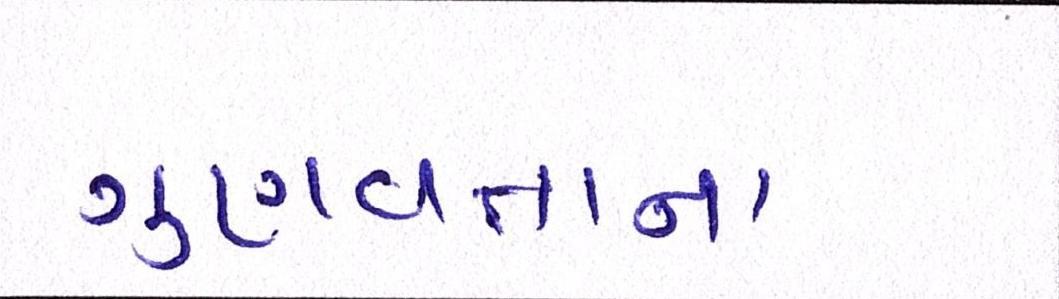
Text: ગુણવત્તાના